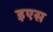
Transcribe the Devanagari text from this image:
इएस